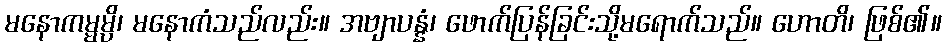
မနောကမ္မမ္ပိ၊ မနောကံသည်လည်း။ အဗျာပန္နံ၊ ဖောက်ပြန်ခြင်းသို့မရောက်သည်။ ဟောတိ၊ ဖြစ်၏။